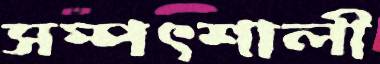
সম্পৎশালী